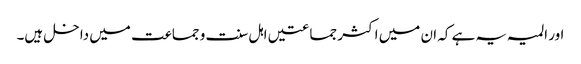
اور المیہ یہ ہے کہ ان میں اکثر جماعتیں اہل سنت و جماعت میں داخل ہیں۔